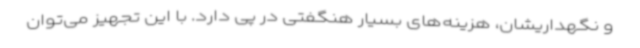
و نگهداریشان، هزینه‌های بسیار هنگفتی در پی دارد. با این تجهیز می‌توان